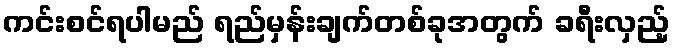
ကင်းစင်ရပါမည် ရည်မှန်းချက်တစ်ခုအတွက် ခရီးလှည့်